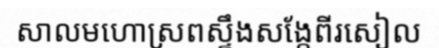
សាលមហោស្រពស្ទឹងសង្កែពីរសៀល